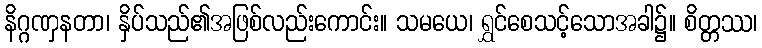
နိဂ္ဂဏှနတာ၊ နှိပ်သည်၏အဖြစ်လည်းကောင်း။ သမယေ၊ ရွှင်စေသင့်သောအခါ၌။ စိတ္တဿ၊